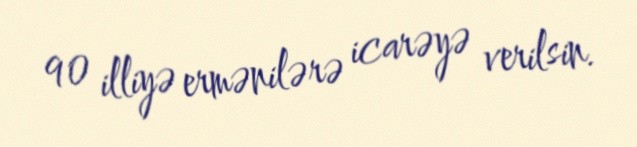
90 illiyə ermənilərə icarəyə verilsin.